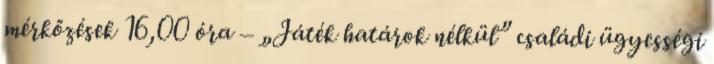
mérkőzések 16,00 óra – „Játék határok nélkül” családi ügyességi